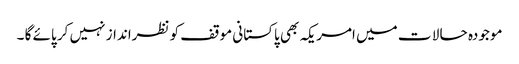
موجودہ حا لا ت میں امریکہ بھی پاکستانی موقف کو نظرانداز نہیں کر پائے گا ۔